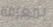
بمعرفة